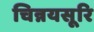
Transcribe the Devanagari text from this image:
चिन्नयसूरि